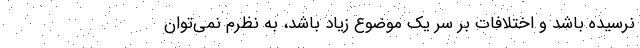
نرسیده باشد و اختلافات بر سر یک موضوع زیاد باشد، به نظرم نمی‌توان